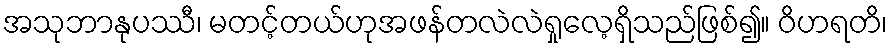
အသုဘာနုပဿီ၊ မတင့်တယ်ဟုအဖန်တလဲလဲရှုလေ့ရှိသည်ဖြစ်၍။ ဝိဟရတိ၊